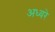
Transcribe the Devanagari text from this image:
अध्वरे